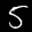
Label: 5